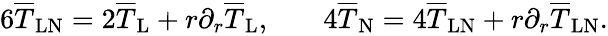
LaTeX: \begin{array}{rlr}{6\overline{{T}}_{\mathrm{LN}}=2\overline{{T}}_{\mathrm{L}}+r\partial_{r}\overline{{T}}_{\mathrm{L}},}&{{}}&{4\overline{{T}}_{\mathrm{N}}=4\overline{{T}}_{\mathrm{LN}}+r\partial_{r}\overline{{T}}_{\mathrm{LN}}.}\end{array}